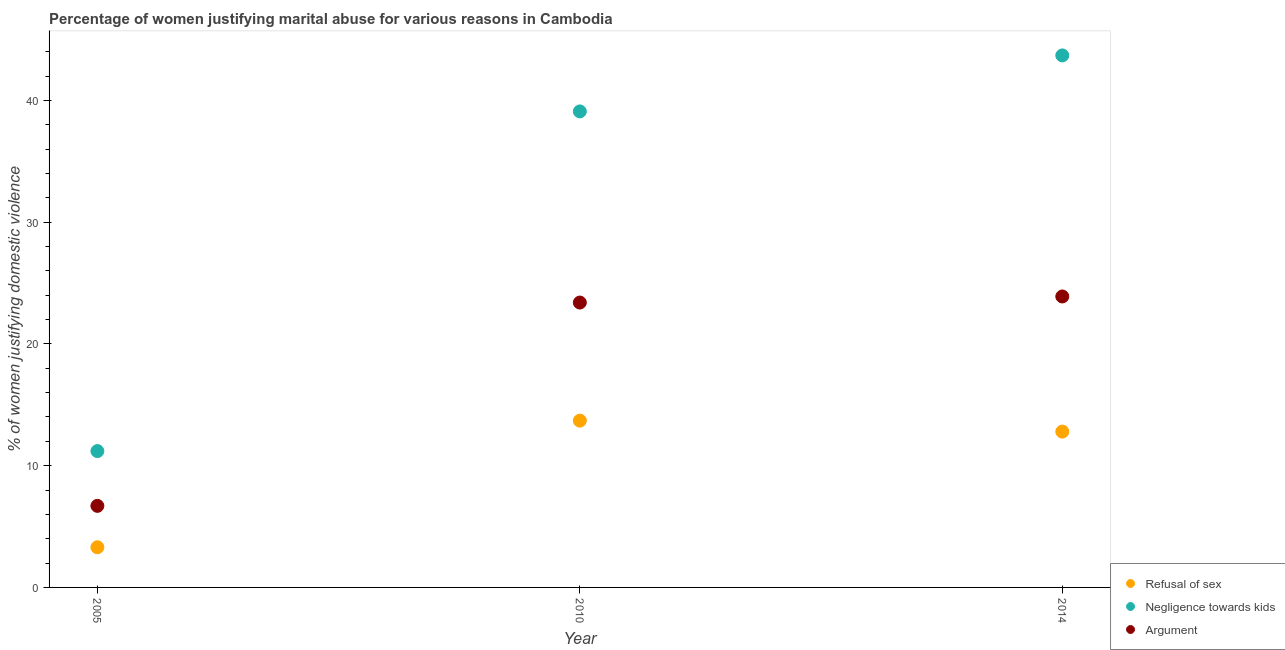
| Year | Refusal of sex | Negligence towards kids | Argument |
 | --- | --- | --- | --- |
 | 2005 | 3.3 | 11.2 | 6.7 |
 | 2010 | 13.7 | 39.1 | 23.4 |
 | 2014 | 12.8 | 43.7 | 23.9 |